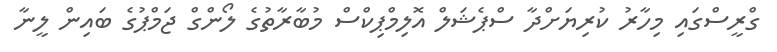
ގްރީސްގައި މިހާރު ކުރިޔަށްދާ ސްޕެޝަލް އޮލިމްޕިކްސް މުބާރާތުގެ ލޯންގް ޖަމްޕުގެ ބައިން ލީނާ